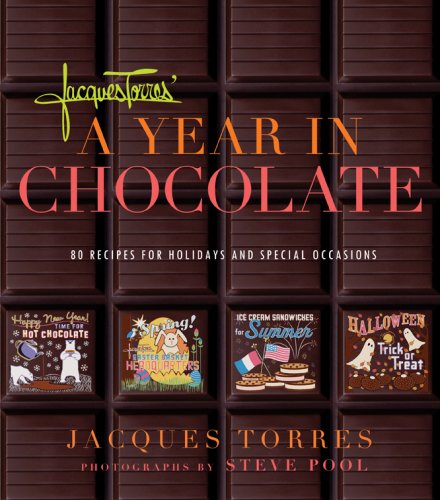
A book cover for Jacques Torres' Year in Chocolate: 80 Recipes for Holidays and Celebrations; Jacques Torres; Cookbooks, Food & Wine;